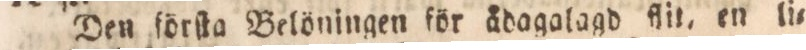
Den förſta Belöningen för ådagalagd flit, en li=